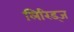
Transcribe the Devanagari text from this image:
लिरिड्ज